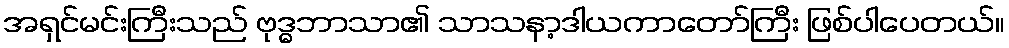
အရှင်မင်းကြီးသည် ဗုဒ္ဓဘာသာ၏ သာသနာ့ဒါယကာတော်ကြီး ဖြစ်ပါပေတယ်။